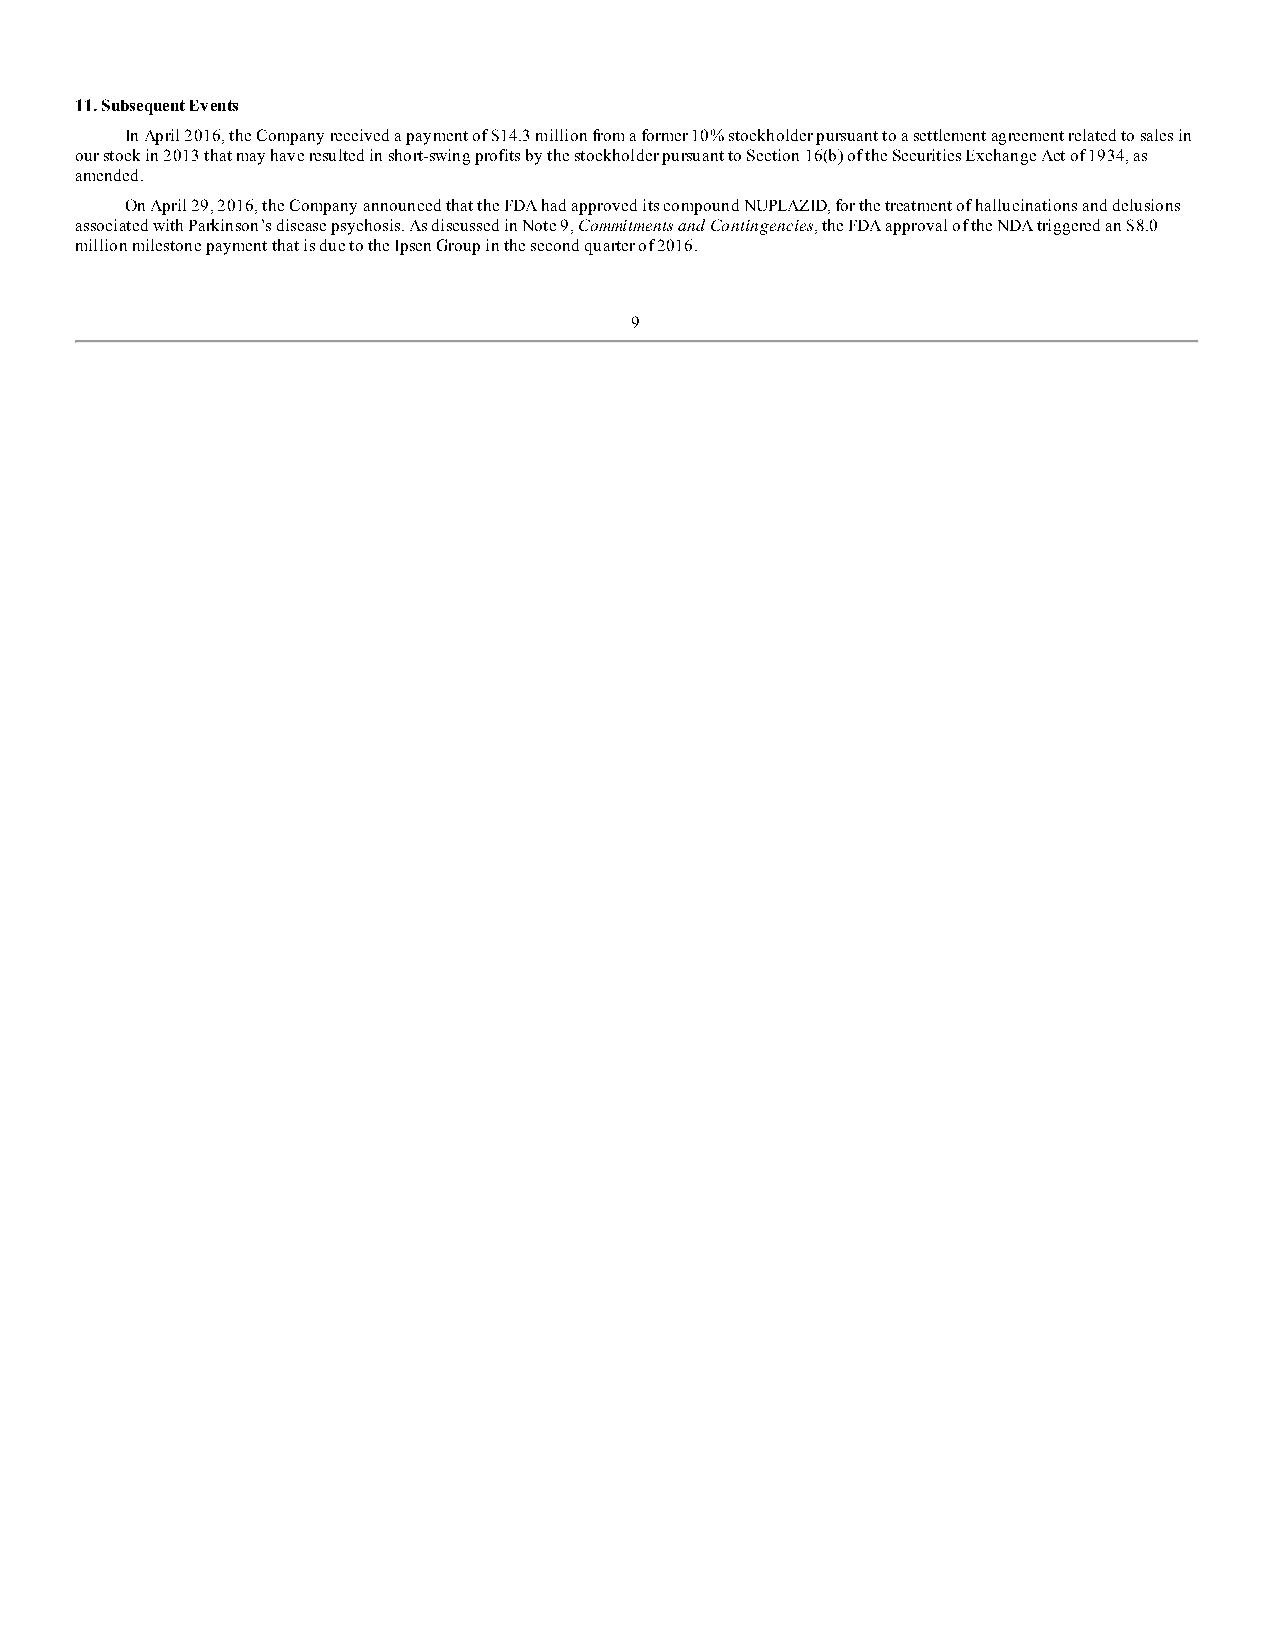
11. Subsequent Events
 In April 2016, the Company received a payment of $14.3 million from a former 10% stockholder pursuant to a settlement agreement related to sales in
 our stock in 2013 that may have resulted in short-swing profits by the stockholder pursuant to Section 16(b) of the Securities Exchange Act of 1934, as
 amended.
 On April 29, 2016, the Company announced that the FDA had approved its compound NUPLAZID, for the treatment of hallucinations and delusions
 associated with Parkinson’s disease psychosis. As discussed in Note 9, Commitments and Contingencies, the FDA approval of the NDA triggered an $8.0
 million milestone payment that is due to the Ipsen Group in the second quarter of 2016.
 9